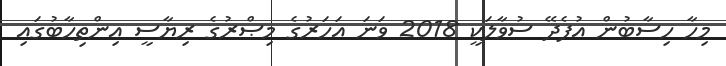
މިހާ ހިސާބުން އުފެދޭ ސުވާލަކީ 2018 ވަނަ އަހަރުގެ މިޞްރުގެ ރިޔާސީ އިންތިހާބުގައި